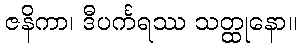
ဇနိကာ၊ ဒီပင်္ကရဿ သတ္ထုနော။